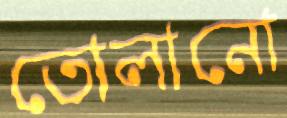
তোলানো